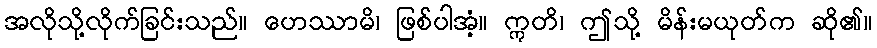
အလိုသို့လိုက်ခြင်းသည်။ ဟေဿာမိ၊ ဖြစ်ပါအံ့။ ဣတိ၊ ဤသို့ မိန်းမယုတ်က ဆို၏။